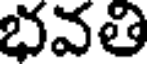
భవతి